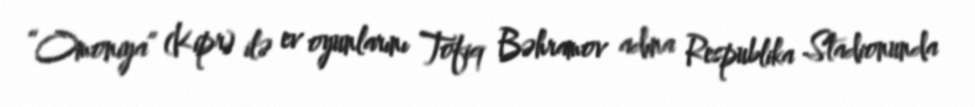
“Omoniya” (Kipr) ilə ev oyunlarını Tofiq Bəhramov adına Respublika Stadionunda